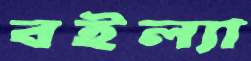
বইল্যা